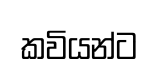
කවියන්ට